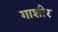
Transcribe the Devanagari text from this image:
गाशीर